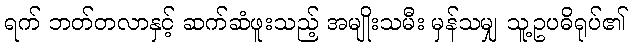
ရက် ဘတ်တလာနှင့် ဆက်ဆံဖူးသည့် အမျိုးသမီး မှန်သမျှ သူ့ဥပဓိရုပ်၏